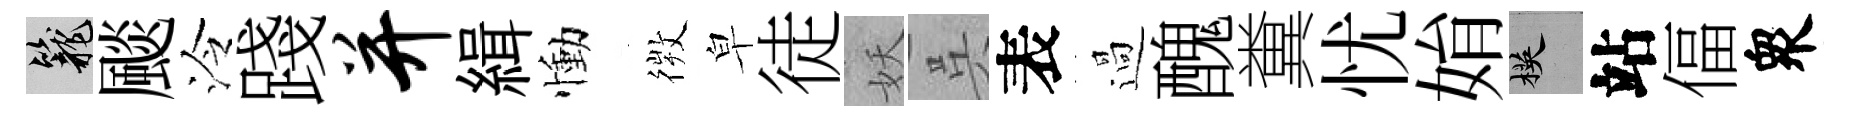
籠颷泠踐并緝慟𢕄皁徒妖呉表過醜糞忧姢楧站偪衆